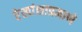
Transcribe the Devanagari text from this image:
रेखांशाप्रमाणे